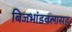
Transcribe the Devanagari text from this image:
बिजभांडवलासह